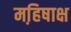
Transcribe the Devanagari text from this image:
महि़षाक्ष